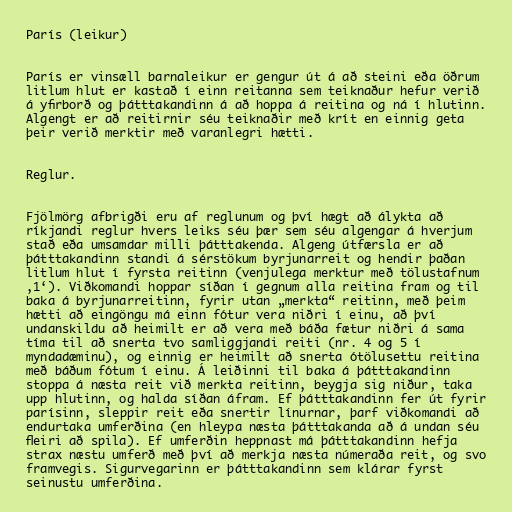
París (leikur)

París er vinsæll barnaleikur er gengur út á að steini eða öðrum
litlum hlut er kastað í einn reitanna sem teiknaður hefur verið
á yfirborð og þátttakandinn á að hoppa á reitina og ná í hlutinn.
Algengt er að reitirnir séu teiknaðir með krít en einnig geta
þeir verið merktir með varanlegri hætti.

Reglur.

Fjölmörg afbrigði eru af reglunum og því hægt að álykta að
ríkjandi reglur hvers leiks séu þær sem séu algengar á hverjum
stað eða umsamdar milli þátttakenda. Algeng útfærsla er að
þátttakandinn standi á sérstökum byrjunarreit og hendir þaðan
litlum hlut í fyrsta reitinn (venjulega merktur með tölustafnum
‚1‘). Viðkomandi hoppar síðan í gegnum alla reitina fram og til
baka á byrjunarreitinn, fyrir utan „merkta“ reitinn, með þeim
hætti að eingöngu má einn fótur vera niðri í einu, að því
undanskildu að heimilt er að vera með báða fætur niðri á sama
tíma til að snerta tvo samliggjandi reiti (nr. 4 og 5 í
myndadæminu), og einnig er heimilt að snerta ótölusettu reitina
með báðum fótum í einu. Á leiðinni til baka á þátttakandinn
stoppa á næsta reit við merkta reitinn, beygja sig niður, taka
upp hlutinn, og halda síðan áfram. Ef þátttakandinn fer út fyrir
parísinn, sleppir reit eða snertir línurnar, þarf viðkomandi að
endurtaka umferðina (en hleypa næsta þátttakanda að á undan séu
fleiri að spila). Ef umferðin heppnast má þátttakandinn hefja
strax næstu umferð með því að merkja næsta númeraða reit, og svo
framvegis. Sigurvegarinn er þátttakandinn sem klárar fyrst
seinustu umferðina.